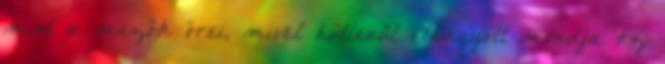
mint a mezők őrei, mivel hűtlenül elhagyott mondja az